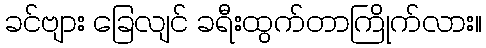
ခင်ဗျား ခြေလျင် ခရီးထွက်တာကြိုက်လား။